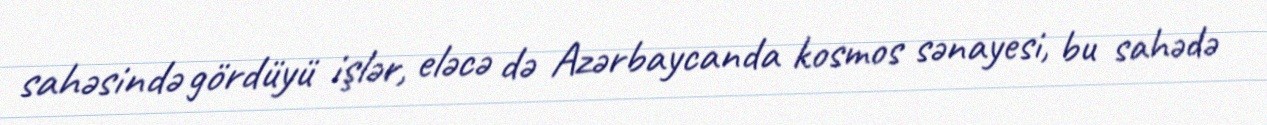
sahəsində gördüyü işlər, eləcə də Azərbaycanda kosmos sənayesi, bu sahədə